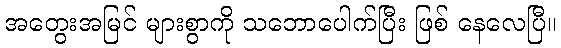
အတွေးအမြင် များစွာကို သဘောပေါက်ပြီး ဖြစ် နေလေပြီ။